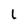
Character: L